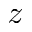
\mathscr { z }